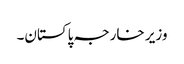
وزیر خارجہ پاکستان۔